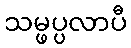
သမ္ဖပ္ပလာပီ